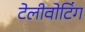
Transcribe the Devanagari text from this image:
टेलीवोटिंग